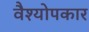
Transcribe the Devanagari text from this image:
वैश्योपकार